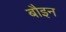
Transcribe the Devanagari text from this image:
बौइन